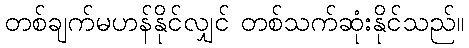
တစ်ချက်မဟန်နိုင်လျှင် တစ်သက်ဆုံးနိုင်သည်။